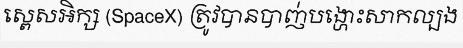
ស្ពេសអិក្ស (SpaceX) ត្រូវបានបាញ់បង្ហោះសាកល្បង